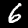
Label: 6